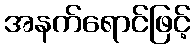
အနက်ရောင်ဖြင့်